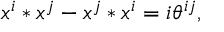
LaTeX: x ^ { i } * x ^ { j } - x ^ { j } * x ^ { i } = i \theta ^ { i j } ,